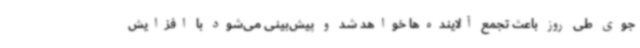
جوی طی روز باعث تجمع آلاینده‌ها خواهد شد و پیش‌بینی می‌شود با افزایش